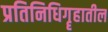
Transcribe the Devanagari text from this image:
प्रतिनिधिगॄहातील